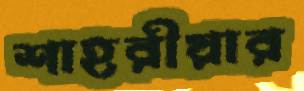
শাহরীয়ার